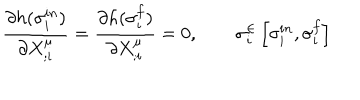
\frac { \partial h ( \sigma _ { i } ^ { i n } ) } { \partial X _ { ; i } ^ { \mu } } = \frac { \partial h ( \sigma _ { i } ^ { f } ) } { \partial X _ { ; i } ^ { \mu } } = 0 , \qquad \sigma _ { i } ^ { \in } \left[ \sigma _ { i } ^ { i n } , \sigma _ { i } ^ { f } \right]